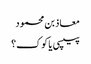
معاذ بن محمود
پیپسی یا کوک؟